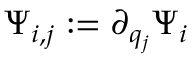
\Psi _ { i , j } : = \partial _ { q _ { j } } \Psi _ { i }